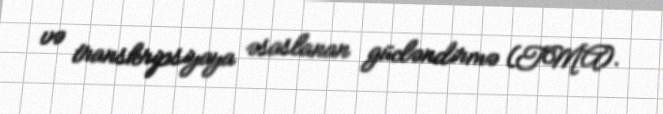
və transkripsiyaya əsaslanan gücləndirmə (TMA).